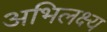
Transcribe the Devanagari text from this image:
अभिलक्ष्य